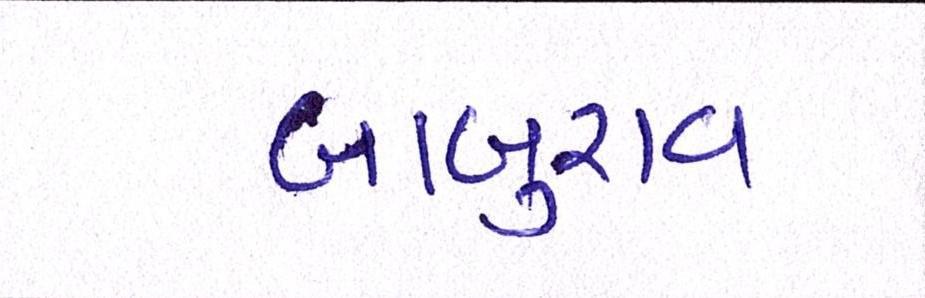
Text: બાબુરાવ